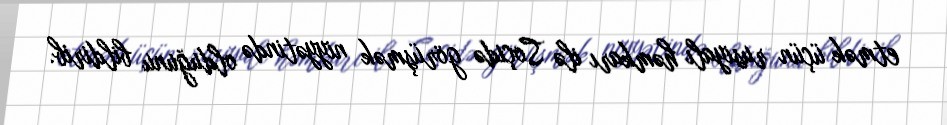
etmək üçün rusiyalı həmkarı ilə Soçidə görüşmək niyyətində olduğunu bildirib.